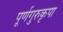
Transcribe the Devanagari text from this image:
पूर्णगुरुकृपा